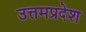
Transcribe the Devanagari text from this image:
उत्तमप्रदेश